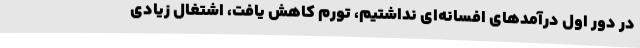
در دور اول درآمدهای افسانه‌ای نداشتیم، تورم کاهش یافت، اشتغال زیادی